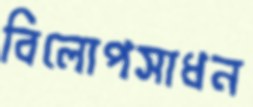
বিলোপসাধন